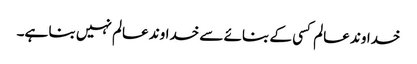
خداوند عالم کسی کے بنائے سے خداوند عالم نہیں بنا ہے۔